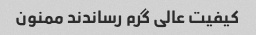
کیفیت عالی گرم رساندند ممنون